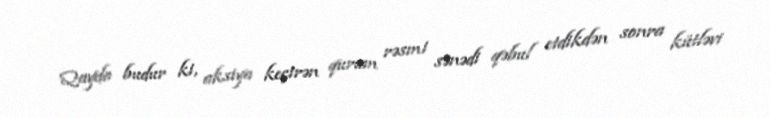
Qayda budur ki, aksiya keçirən qurum rəsmi sənədi qəbul etdikdən sonra kütləvi